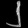
Digit: ၂